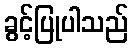
ခွင့်ပြုပါသည်